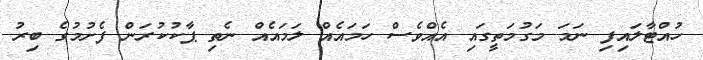
ހުއްޓާލައިފި ނަމަ މަގުމަތީގައި އެއްވެސް ހަމައެއް ލަމައެއް ނެތި ޕާކުކުރަން ފެށުމުގެ ބިރު